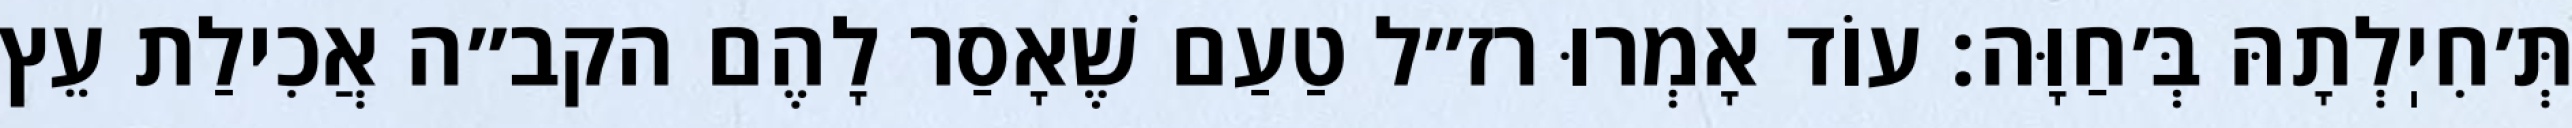
תְּ׳חִיֽלְתָהּ בְּ׳חַוָּה: עוֹד אָמְרוּ רז״ל טַעַם שֶׁאָסַר לָהֶם הקב״ה אֲכִילַת עֵץ